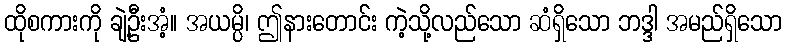
ထိုစကားကို ချဲ့ဦးအံ့။ အယမ္ပိ၊ ဤနားတောင်း ကဲ့သို့လည်သော ဆံရှိသော ဘဒ္ဒါ အမည်ရှိသော